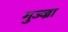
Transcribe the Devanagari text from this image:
गुज्ज्रा